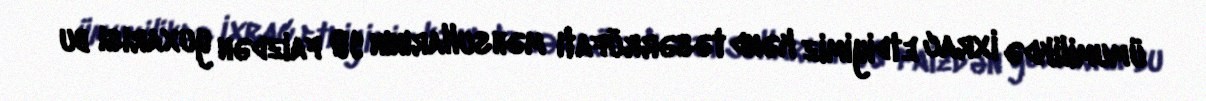
ümumilikdə ixrac etdiyimiz kənd təsərrüfatı məhsullarının 90 faizdən yuxarısı bu